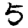
Digit: 5